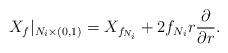
LaTeX: \begin{align*}X_f|_{N_i\times(0,1)}=X_{f_{N_i}}+2f_{N_i}r\frac{\partial}{\partial r}.\end{align*}